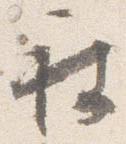
被